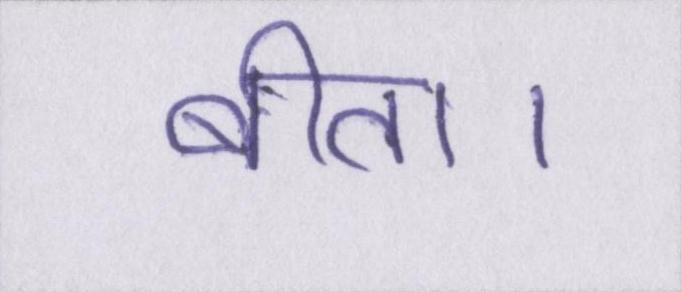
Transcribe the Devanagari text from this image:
बीता।